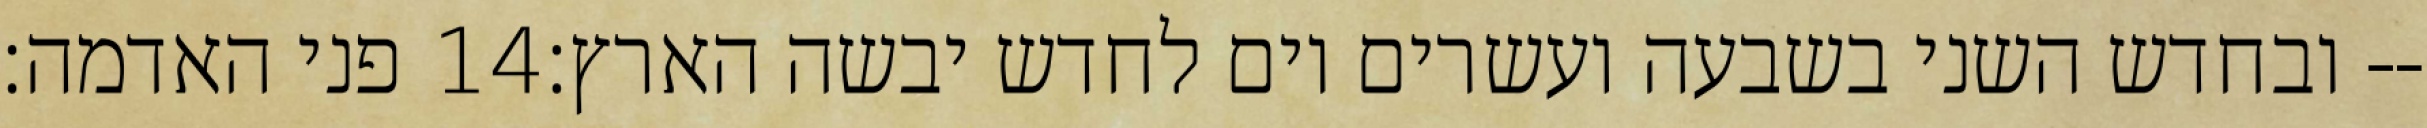
פני האדמה׃ ‎14‏ ובחדש השני בשבעה ועשרים יום לחדש יבשה הארץ׃--